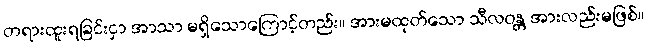
တရားထူးရခြင်းငှာ အာသာ မရှိသောကြောင့်တည်း။ အားမထုတ်သော သီလဝန္တ အားလည်းမဖြစ်။